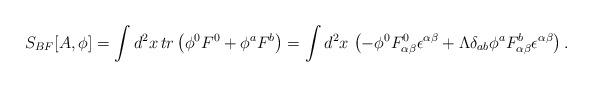
LaTeX: \begin{align*}S_{BF}[A,\phi] = \int d^{2}x\, tr\left( \phi^{0}F^{0} + \phi^{a}F^{b} \right) = \int d^{2}x\, \left( - \phi^{0}F^{0}_{\alpha\beta}\epsilon^{\alpha\beta} + \Lambda \delta_{ab}\phi^{a}F^{b}_{\alpha\beta}\epsilon^{\alpha\beta}\right). \end{align*}